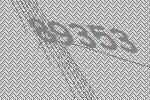
89353